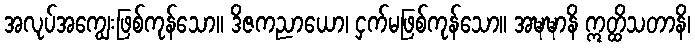
အလုပ်အကျွေးဖြစ်ကုန်သော။ ဒိဇကညာယော၊ ငှက်မဖြစ်ကုန်သော။ အဍ္ဎဍ္ဎာနိ ဣတ္ထိသတာနိ၊